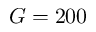
G = 2 0 0